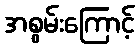
အစွမ်းကြောင့်